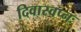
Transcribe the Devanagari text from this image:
दिवास्वप्नः